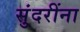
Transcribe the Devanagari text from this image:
सुंदरींना